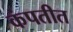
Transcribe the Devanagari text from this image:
कंपतीत